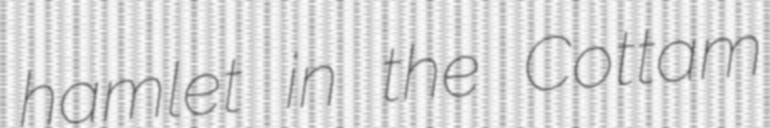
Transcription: hamlet in the Cottam